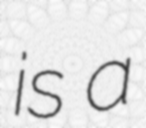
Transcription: is a